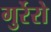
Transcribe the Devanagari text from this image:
गुर्रेरो